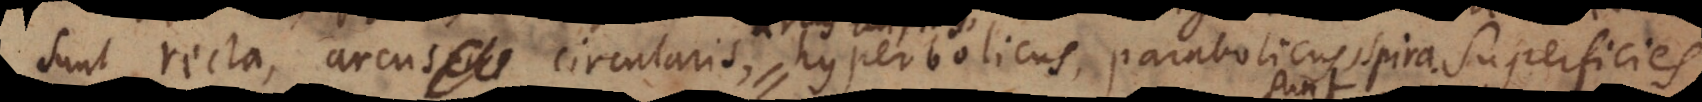
sunt recta, arcus circularis, hyperbolicus, parabolicus, spira. Superficies